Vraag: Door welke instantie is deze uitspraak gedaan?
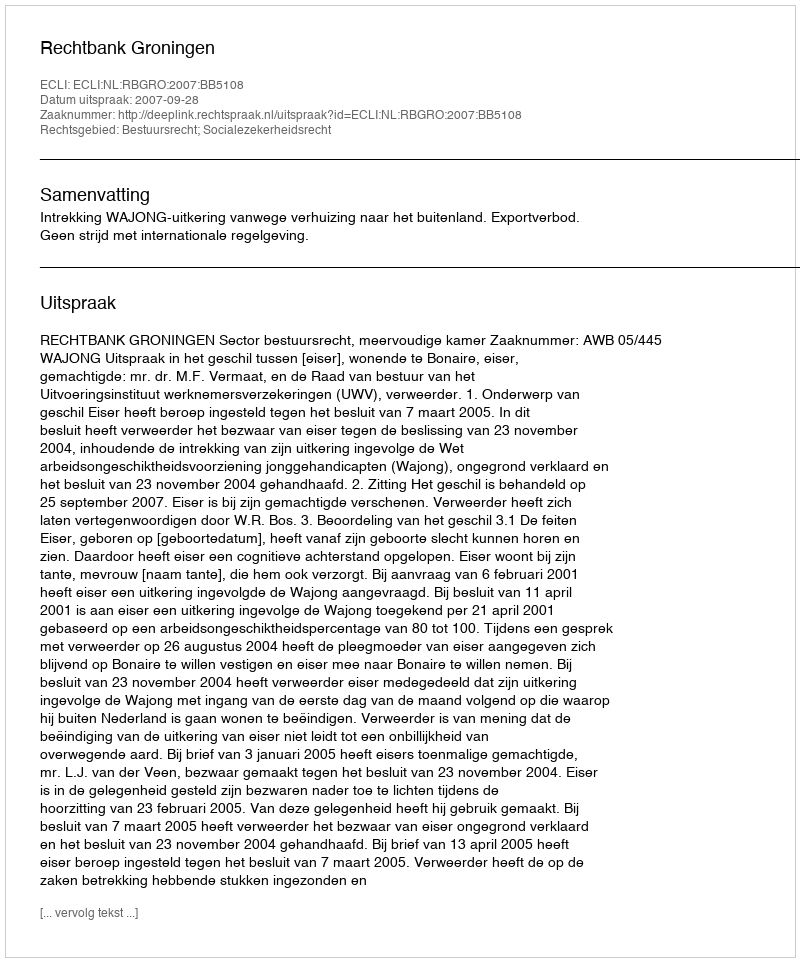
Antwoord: Rechtbank Groningen